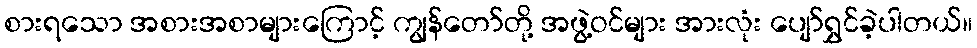
စားရသော အစားအစာများကြောင့် ကျွန်တော်တို့ အဖွဲ့ဝင်များ အားလုံး ပျော်ရွှင်ခဲ့ပါတယ်။